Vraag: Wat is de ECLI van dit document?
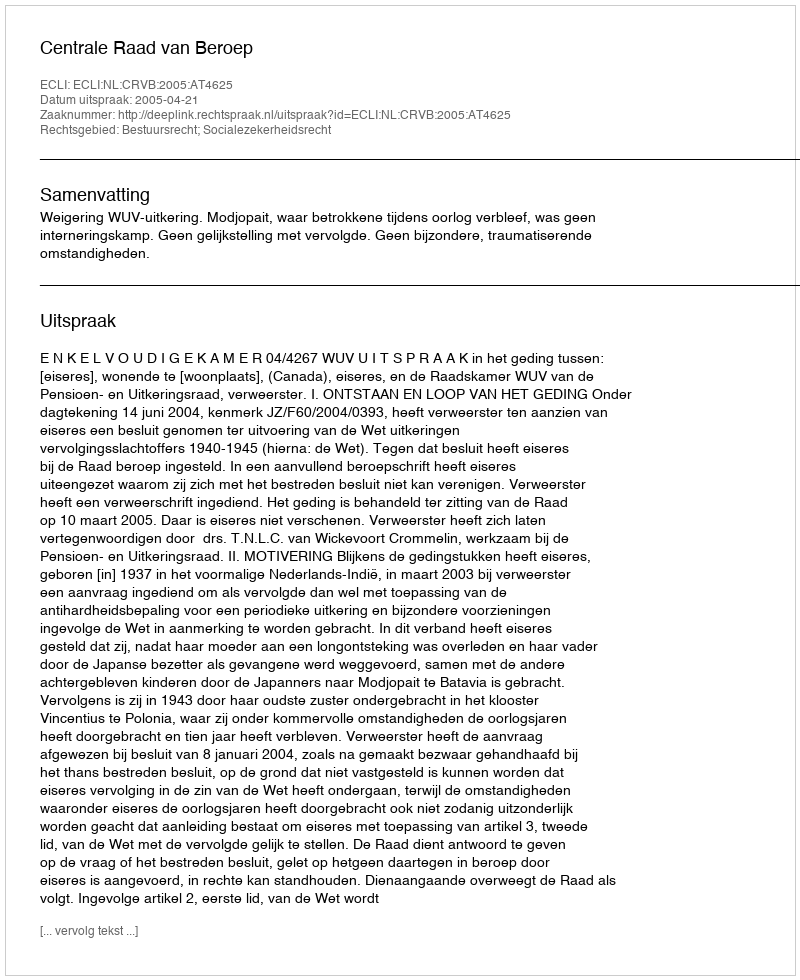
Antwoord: ECLI:NL:CRVB:2005:AT4625